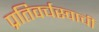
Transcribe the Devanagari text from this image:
प्रतिवर्चस्वाची